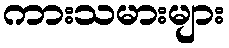
ကားသမားများ